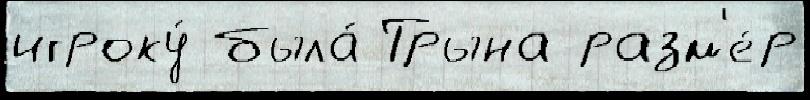
игроку́ была́ Трына разм'е́р